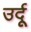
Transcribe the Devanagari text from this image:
उर्दूू